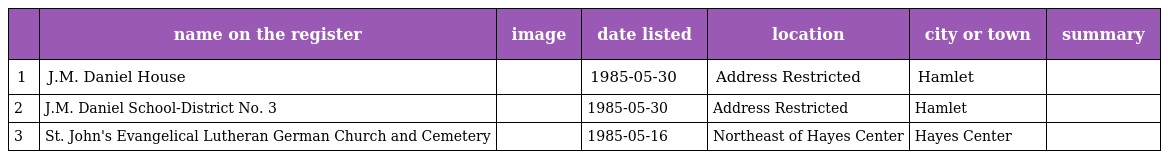
|  | name on the register | image | date listed | location | city or town | summary |
 | --- | --- | --- | --- | --- | --- | --- |
 | 1 | J.M. Daniel House |  | 1985-05-30 | Address Restricted | Hamlet |  |
 | 2 | J.M. Daniel School-District No. 3 |  | 1985-05-30 | Address Restricted | Hamlet |  |
 | 3 | St. John's Evangelical Lutheran German Church and Cemetery |  | 1985-05-16 | Northeast of Hayes Center | Hayes Center |  |